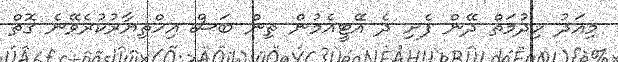
މިއަދު ހިދުމަތް ދޭން ފެށި ދެ އޭޓީއެމުން ތިން ބަސް އިހްތިޔާރުކުރެވޭނެ ގޮތް